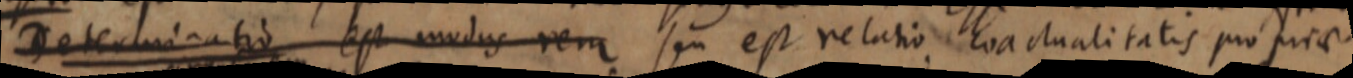
Determinatio est modus rem seu est relatio actualitatis pro prae